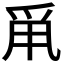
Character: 𤔆